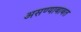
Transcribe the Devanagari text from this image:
असण्याबाबत